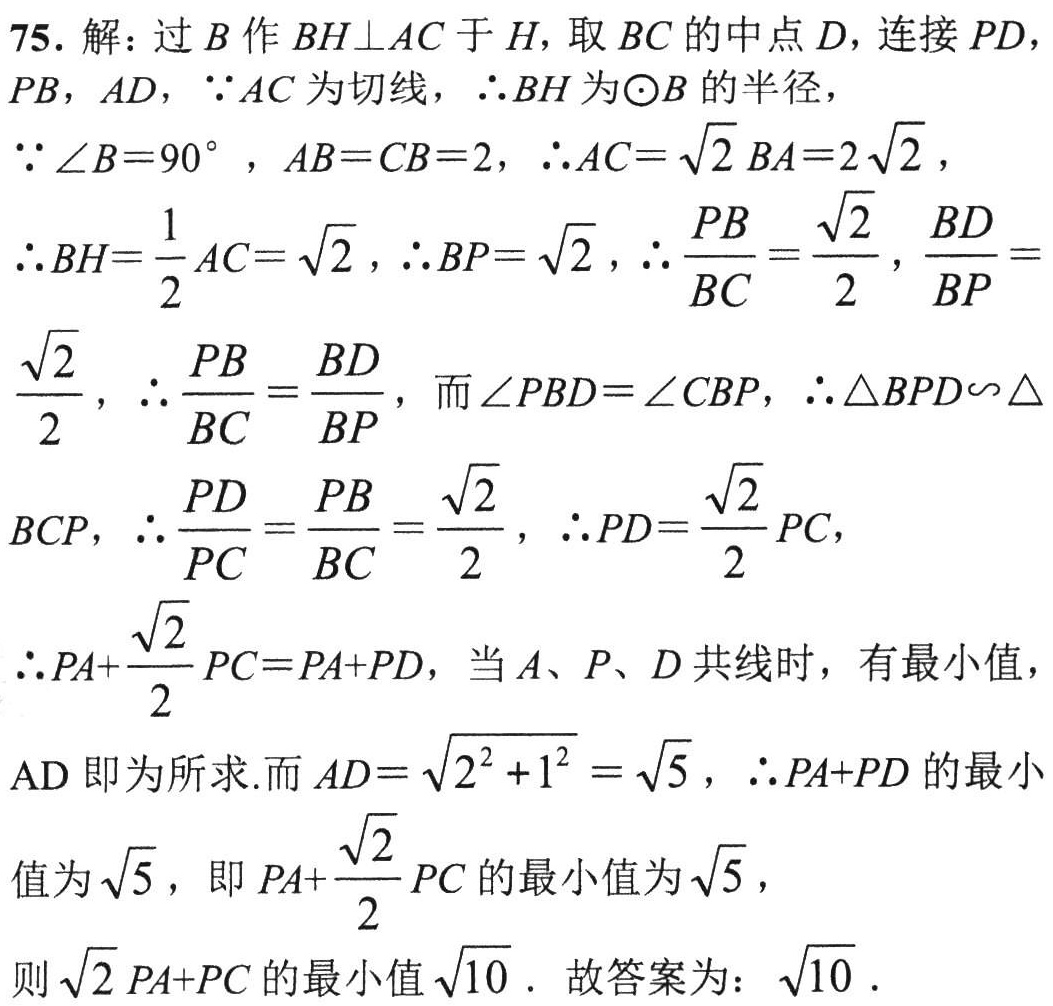
75. 解：过\(B\)作\(BH\perp AC\)于\(H\)，取\(BC\)的中点\(D\)，连接\(PD\)，
\(PB\)，\(AD\)，\(\because AC\)为切线，\(\therefore BH\)为\(\odot B\)的半径，
\(\because \angle B = 90^{\circ}\)，\(AB = CB = 2\)，\(\therefore AC=\sqrt{2}BA = 2\sqrt{2}\)，
\(\therefore BH=\dfrac{1}{2}AC=\sqrt{2}\)，\(\therefore BP = \sqrt{2}\)，\(\therefore \dfrac{PB}{BC}=\dfrac{\sqrt{2}}{2}\)，\(\dfrac{BD}{BP}=\)
\(\dfrac{\sqrt{2}}{2}\)，\(\therefore \dfrac{PB}{BC}=\dfrac{BD}{BP}\)，而\(\angle PBD=\angle CBP\)，\(\therefore \triangle BPD\backsim \triangle\)
\(BCP\)，\(\therefore \dfrac{PD}{PC}=\dfrac{PB}{BC}=\dfrac{\sqrt{2}}{2}\)，\(\therefore PD=\dfrac{\sqrt{2}}{2}PC\)，
\(\therefore PA+\dfrac{\sqrt{2}}{2}PC=PA + PD\)，当\(A\)、\(P\)、\(D\)共线时，有最小值，
\(AD\)即为所求.而\(AD=\sqrt{2^{2}+1^{2}}=\sqrt{5}\)，\(\therefore PA + PD\)的最小
值为\(\sqrt{5}\)，即\(PA+\dfrac{\sqrt{2}}{2}PC\)的最小值为\(\sqrt{5}\)，
则\(\sqrt{2}PA + PC\)的最小值\(\sqrt{10}\). 故答案为：\(\sqrt{10}\).